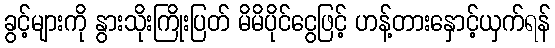
ခွင့်များကို နွားသိုးကြိုးပြတ် မိမိပိုင်ငွေဖြင့် ဟန့်တားနှောင့်ယှက်ရန်